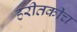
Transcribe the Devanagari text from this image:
हरीतकीच